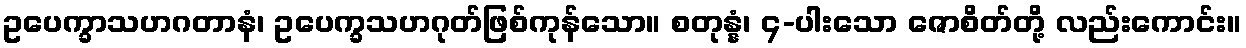
ဥပေက္ခာသဟဂတာနံ၊ ဥပေက္ခသဟဂုတ်ဖြစ်ကုန်သော။ စတုန္နံ၊ ၄-ပါးသော ဇောစိတ်တို့ လည်းကောင်း။